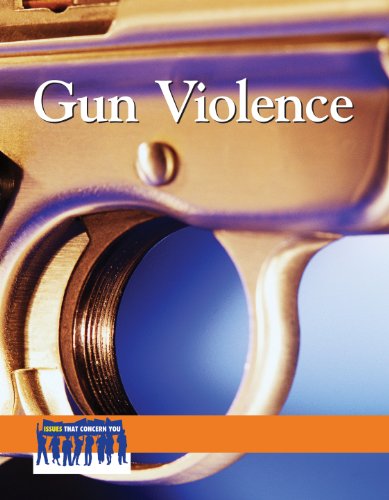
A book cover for Gun Violence (Issues That Concern You); Lauri S. Scherer; Teen & Young Adult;